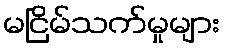
မငြိမ်သက်မှုများ